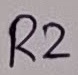
Text: R2